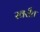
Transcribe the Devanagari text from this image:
स्वरीत